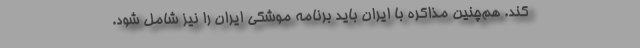
کند. هم‌چنین مذاکره با ایران باید برنامه موشکی ایران را نیز شامل شود‌.